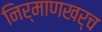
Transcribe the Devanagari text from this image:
निर्माणखर्च